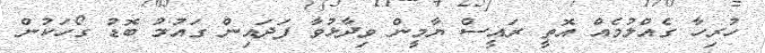
ހުރިހާ ގެއްލުމެއް އޮތީ ރައީސް ޔާމީން ވިދާޅުވާ ފަދައިން ގައުމު ބޮޑު ގޯހަކުން